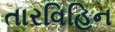
તારવિહિન